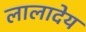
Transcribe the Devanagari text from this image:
लालादेय